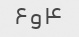
۴و۶